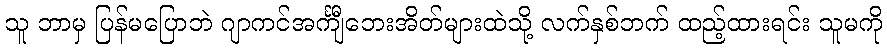
သူ ဘာမှ ပြန်မပြောဘဲ ဂျာကင်အင်္ကျီဘေးအိတ်များထဲသို့ လက်နှစ်ဘက် ထည့်ထားရင်း သူမကို